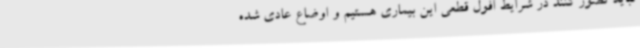
نباید تصور کنند در شرایط افول قطعی این بیماری هستیم و اوضاع عادی شده